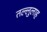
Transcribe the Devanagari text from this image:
तल्लुलाह